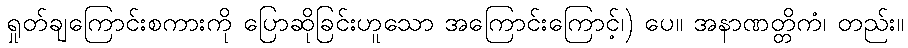
ရှုတ်ချကြောင်းစကားကို ပြောဆိုခြင်းဟူသော အကြောင်းကြောင့်၊) ပေ။ အနာဏတ္တိကံ၊ တည်း။